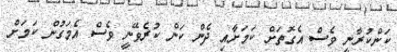
ކަންކުރާނީ ވެސް އެގޮތަށް ކަމަށާއި ދެން ކަން ކުރެވޭނީ ވެސް އެމަގުން ކަމަށް